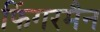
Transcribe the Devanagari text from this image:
फिंगरमैन